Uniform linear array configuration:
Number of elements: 12
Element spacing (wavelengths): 0.5
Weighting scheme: blackman
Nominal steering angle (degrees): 0
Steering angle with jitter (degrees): -1.09
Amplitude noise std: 0.05
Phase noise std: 0.05

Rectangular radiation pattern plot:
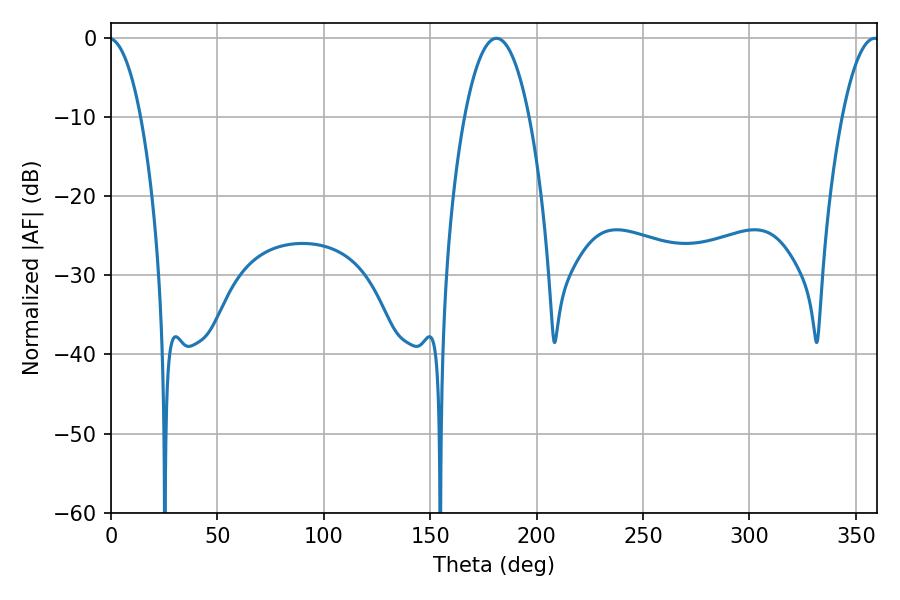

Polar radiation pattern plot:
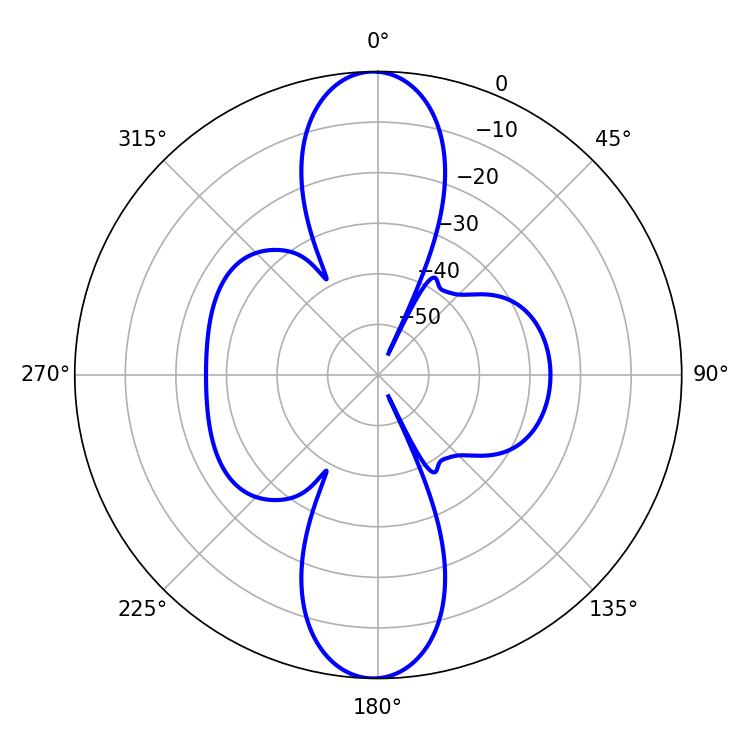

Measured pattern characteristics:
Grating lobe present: FALSE
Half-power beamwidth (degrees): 16.74
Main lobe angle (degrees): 181.08